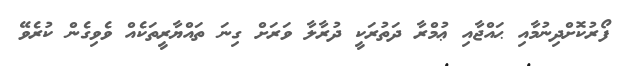
ފޯރުކޮށްދިނުމާއި ޙައްޖާއި ޢުމްރާ ދަތުރަކީ ދުރާލާ ވަރަށް ގިނަ ތައްޔާރީތަކެއް ވެވިގެން ކުރެވޭ